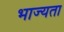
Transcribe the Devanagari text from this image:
भाज्यता